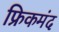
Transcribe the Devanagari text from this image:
फ्रिकमंद